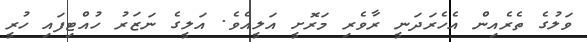
ވަލުގެ ތެރެއިން އެހެރަދަނީ ރާވެރި މަރޮށީ އަލީއެވެ. އަލީގެ ނަޒަރު ހުއްޓިފައި ހުރީ